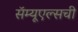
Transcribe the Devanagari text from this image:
सॅम्यूएल्सची